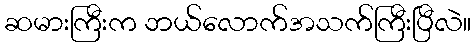
ဆမားကြီးက ဘယ်လောက်အသက်ကြီးပြီလဲ။